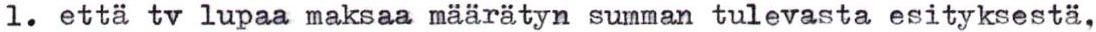
1. että tv lupaa maksaa määrätyn summan tulevasta esityksestä,